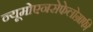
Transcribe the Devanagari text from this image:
न्यूमोएनसेफेलोग्राफी